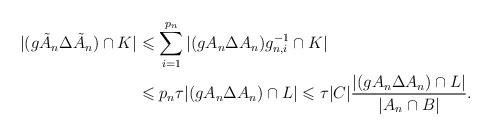
LaTeX: \begin{align*}|(g\tilde A_n\Delta\tilde A_n)\cap K| & \leqslant\sum_{i=1}^{p_n}|(gA_n\Delta A_n)g_{n,i}^{-1}\cap K| \\ & \leqslant p_n\tau |(gA_n\Delta A_n)\cap L| \leqslant \tau |C|\frac{|(gA_n\Delta A_n)\cap L|}{|A_n\cap B|}.\end{align*}